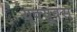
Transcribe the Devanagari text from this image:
यूक्यूवंस